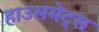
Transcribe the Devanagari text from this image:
हाउसमेट्स